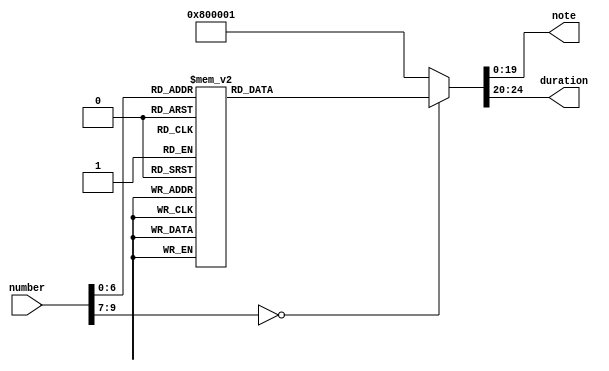
`timescale 1ns / 1ps

module music_sheet( 
    input [9:0] number, 
	output reg [19:0] note, // max 32 different musical notes
	output reg [4:0] duration
	);
	parameter   EIGHTH = 5'b00001;
    parameter   QUARTER = 5'b00010;//2 Hz
    parameter	HALF = 5'b00100;
    parameter	ONE = 2 * HALF;
    parameter	TWO = 2 * ONE;
    parameter	FOUR = 2 * TWO;
    parameter   A3 = 50_000_000 / 440.00,
                Csh4 = 50_000_000 / 554.37, 
                D4 = 50_000_000 / 587.33, 
                E4 = 50_000_000 / 659.25, 
                Fsh4 = 50_000_000 / 739.99, 
                G4 = 50_000_000 / 783.99,
                A4 = 50_000_000 / 880.00,
                B4 = 50_000_000 / 987.84,
                SP = 1;  
     
    always @ (number) begin
        case(number)
            0: 	    begin note = D4;        duration = QUARTER;         end
            1: 	    begin note = A3;        duration = QUARTER; 	    end
            2: 	    begin note = D4;        duration = QUARTER; 	    end
            3: 	    begin note = A4;        duration = HALF;            end
            4: 	    begin note = G4;        duration = HALF; 	        end
            5: 	    begin note = Fsh4;      duration = QUARTER; 	    end
            6:  	begin note = E4;        duration = QUARTER;         end
            7: 	    begin note = Csh4;      duration = HALF;            end
            8: 	    begin note = Csh4;      duration = QUARTER; 	    end
            9: 	    begin note = SP;        duration = ONE; 	        end
            10:     begin note = Csh4;      duration = QUARTER; 	    end
            11: 	begin note = A3;        duration = QUARTER; 	    end
            12: 	begin note = Csh4;      duration = QUARTER; 	    end
            13: 	begin note = Fsh4;      duration = HALF;            end
            14: 	begin note = E4;        duration = HALF; 	        end
            15: 	begin note = Csh4;      duration = QUARTER;         end
            16: 	begin note = D4;        duration = QUARTER;         end
            17: 	begin note = Fsh4;      duration = HALF; 	        end
            18: 	begin note = Fsh4;      duration = QUARTER;         end
            19: 	begin note = SP;        duration = ONE; 	        end
            
            20:     begin note = D4;        duration = QUARTER;         end
            21:     begin note = A3;        duration = QUARTER;         end
            22:     begin note = D4;        duration = QUARTER;         end
            23:     begin note = A4;        duration = HALF;            end
            24:     begin note = G4;        duration = HALF;            end
            25:     begin note = Fsh4;      duration = QUARTER;         end
            26:     begin note = E4;        duration = QUARTER;         end
            27:     begin note = Csh4;      duration = HALF;            end
            28:     begin note = Csh4;      duration = QUARTER;         end
            29:     begin note = SP;        duration = ONE;             end
            30:     begin note = Csh4;      duration = QUARTER;         end
            31:     begin note = A3;        duration = QUARTER;         end
            32:     begin note = Csh4;      duration = QUARTER;         end
            33:     begin note = Fsh4;      duration = HALF;            end
            34:     begin note = E4;        duration = HALF;            end
            35:     begin note = Csh4;      duration = QUARTER;         end
            36:     begin note = D4;        duration = QUARTER;         end
            37:     begin note = Fsh4;      duration = HALF;            end
            38:     begin note = Fsh4;      duration = QUARTER;         end
            39:     begin note = SP;        duration = ONE;             end
            
            40: 	begin note = Fsh4;      duration = ONE;             end
            41:     begin note = A4;        duration = ONE;             end
            42:     begin note = G4;        duration = QUARTER; 	    end
            43:     begin note = A4;        duration = QUARTER; 	    end
            44:     begin note = G4;        duration = QUARTER; 	    end
            45: 	begin note = Fsh4;      duration = QUARTER; 	    end
            46: 	begin note = E4;        duration = ONE; 	        end
            47: 	begin note = Csh4;      duration = ONE; 	        end
            48: 	begin note = E4;        duration = ONE; 	        end
            49: 	begin note = Fsh4;      duration = QUARTER; 	    end
            50: 	begin note = G4;        duration = QUARTER; 	    end
            51: 	begin note = Fsh4;      duration = QUARTER; 	    end
            52: 	begin note = E4;        duration = QUARTER; 	    end
            53: 	begin note = D4;        duration = ONE; 	        end
                        
            54: 	begin note = Fsh4;      duration = ONE;             end
            55:     begin note = A4;        duration = ONE;             end
            56:     begin note = G4;        duration = QUARTER;         end
            57:     begin note = Fsh4;      duration = QUARTER;         end
            58:     begin note = G4;        duration = QUARTER;         end
            59:     begin note = A4;        duration = QUARTER;         end
            60:     begin note = B4;        duration = ONE;             end
            61:     begin note = A4;        duration = HALF;            end
            62:     begin note = G4;        duration = QUARTER;         end
            63:     begin note = Fsh4;      duration = QUARTER;         end
            64:     begin note = G4;        duration = ONE;             end
            65:     begin note = Fsh4;      duration = QUARTER;         end
            66:     begin note = G4;        duration = QUARTER;         end
            67:     begin note = Fsh4;      duration = QUARTER;         end
            68:     begin note = E4;        duration = QUARTER;         end
            69:     begin note = D4;        duration = ONE;             end
            
            default: 	begin note = SP;    duration = ONE; 	        end
        endcase
    end
endmodule